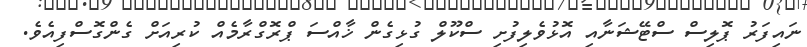
ނައިފަރު ޕޮލިސް ސްޓޭޝަނާއި އޮޅުވެލިފުށި ސްކޫލް ގުޅިގެން ޚާއްސަ ޕްރޮގްރާމެއް ކުރިއަށް ގެންގޮސްފިއެވެ.